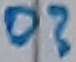
Text: D?